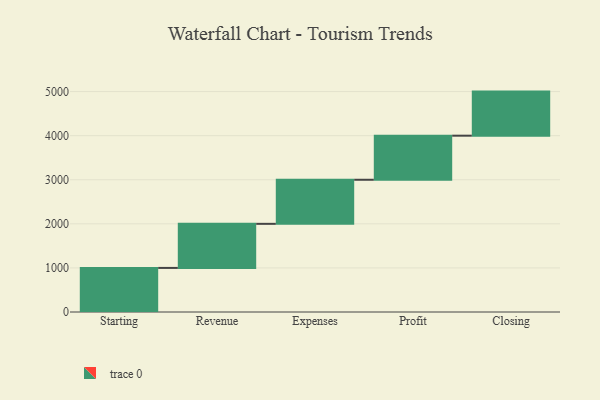
{"axis": {"x": "Step", "y": "Value"}, "legend": [""], "data": [{"x": "Starting", "y": 1000, "type": ""}, {"x": "Revenue", "y": 1000, "type": ""}, {"x": "Expenses", "y": 1000, "type": ""}, {"x": "Profit", "y": 1000, "type": ""}, {"x": "Closing", "y": 1000, "type": ""}]}